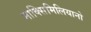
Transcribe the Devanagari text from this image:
माक्सिमिलियानो